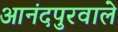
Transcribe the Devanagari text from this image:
आनंदपुरवाले